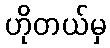
ဟိုတယ်မှ